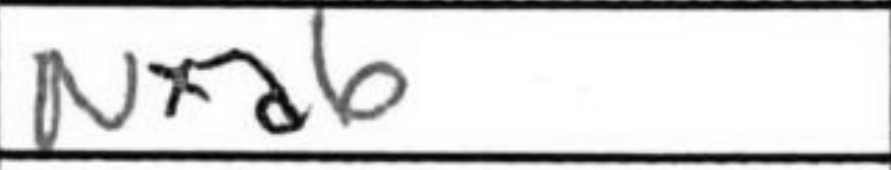
Transcription: Nxa6